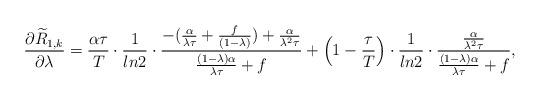
LaTeX: \begin{align*}\frac{\partial \widetilde{R}_{1,k}}{\partial\lambda} = \frac{\alpha\tau}{T}\cdot\frac{1}{ln2}\cdot\frac{-(\frac{\alpha}{\lambda \tau} + \frac{f}{(1-\lambda)})+\frac{\alpha}{\lambda^2 \tau}}{\frac{(1-\lambda)\alpha}{\lambda \tau}+ f}+\Big(1-\frac{\tau}{T}\Big)\cdot\frac{1}{ln2}\cdot \frac{\frac{\alpha}{\lambda^2 \tau}}{\frac{(1-\lambda)\alpha}{\lambda \tau}+ f},\end{align*}